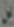
بن